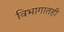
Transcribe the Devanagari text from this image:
विभागातही